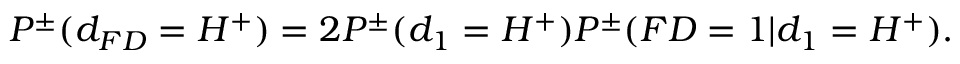
\begin{array} { r } { P ^ { \pm } ( d _ { F D } = H ^ { + } ) = 2 P ^ { \pm } ( d _ { 1 } = H ^ { + } ) P ^ { \pm } ( F D = 1 | d _ { 1 } = H ^ { + } ) . } \end{array}